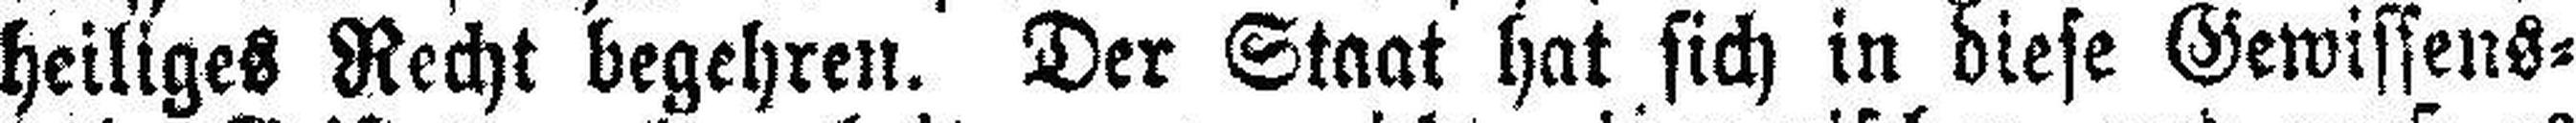
heiliges Recht begehren. Der Staat hat sich in diese Gewissens=